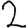
Digit: 2